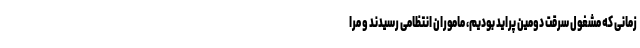
زمانی که مشغول سرقت دومین پراید بودیم، ماموران انتظامی رسیدند و مرا